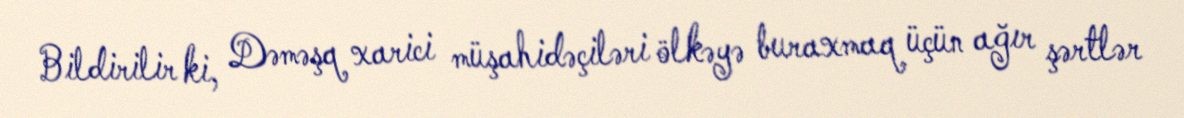
Bildirilir ki, Dəməşq xarici müşahidəçiləri ölkəyə buraxmaq üçün ağır şərtlər